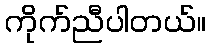
ကိုက်ညီပါတယ်။